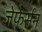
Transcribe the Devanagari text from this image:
जेफेर्सन